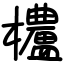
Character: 𬅒